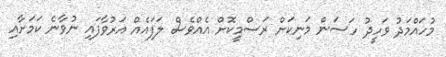
މުހައްމަދު ވަހީދު ހަސަން މަނިކަށް ރަސްމީކޮށް އެއްވެސް ލަފައެއް އަރުވާފައި ނުވާނެ ކަމަށާއި